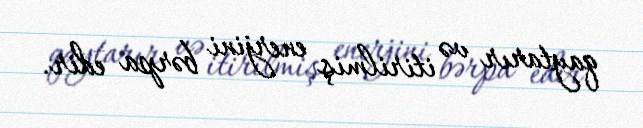
qaytarır və itirilmiş enerjini bərpa edir.